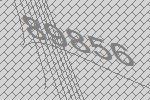
89856